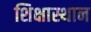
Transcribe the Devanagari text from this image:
शिक्षास्थान